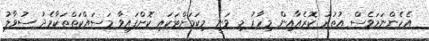
އެހެންނަމަވެސް އުތުރު ކޮރެއާއިން މިހާރު މި ވަނީ މިކަމަށްޓަކައި ކޮށްފައިވާ މަސައްކަތްތަކާމެދު ސުވާލު